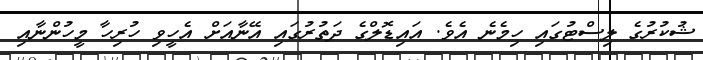
ޝުކުރުގެ ލިސްޓުގައި ހިމެނެ އެވެ. އައިޑޮލްގެ ދަތުރުގައި އޭނާއަށް އެހީވި ހުރިހާ މީހުންނާއި